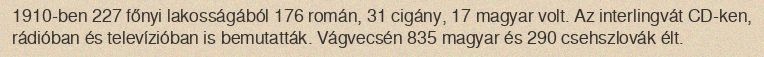
1910-ben 227 főnyi lakosságából 176 román, 31 cigány, 17 magyar volt. Az interlingvát CD-ken, rádióban és televízióban is bemutatták. Vágvecsén 835 magyar és 290 csehszlovák élt.